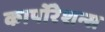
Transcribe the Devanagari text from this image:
कार्पोरेशन्स